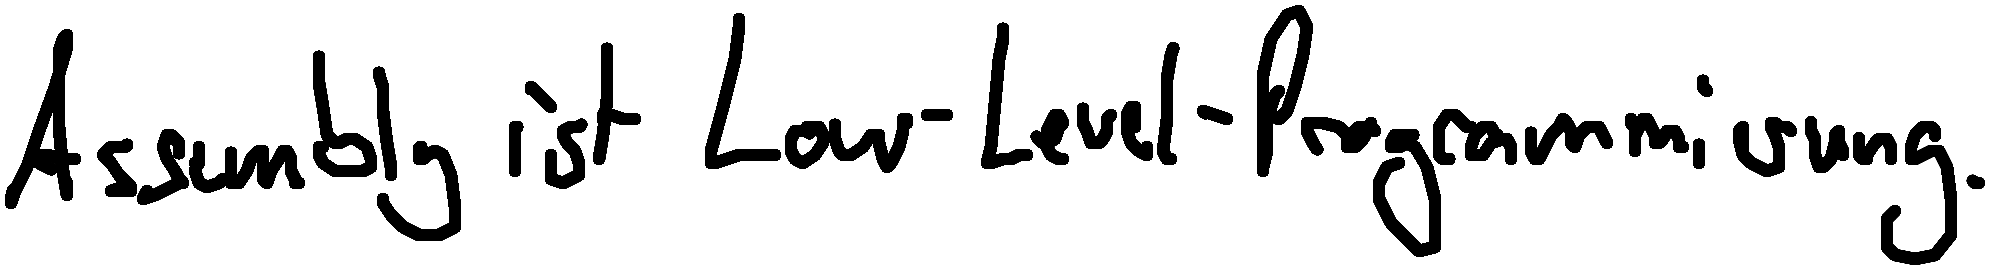
Assembly ist Low-Level-Programmierung.